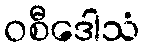
ဝစီဒေါသံ